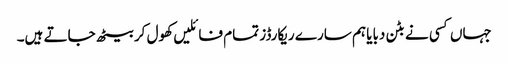
جہاں کسی نے بٹن دبایا ہم سارے ریکارڈز تمام فائلیں کھول کر بیٹھ جاتے ہیں۔